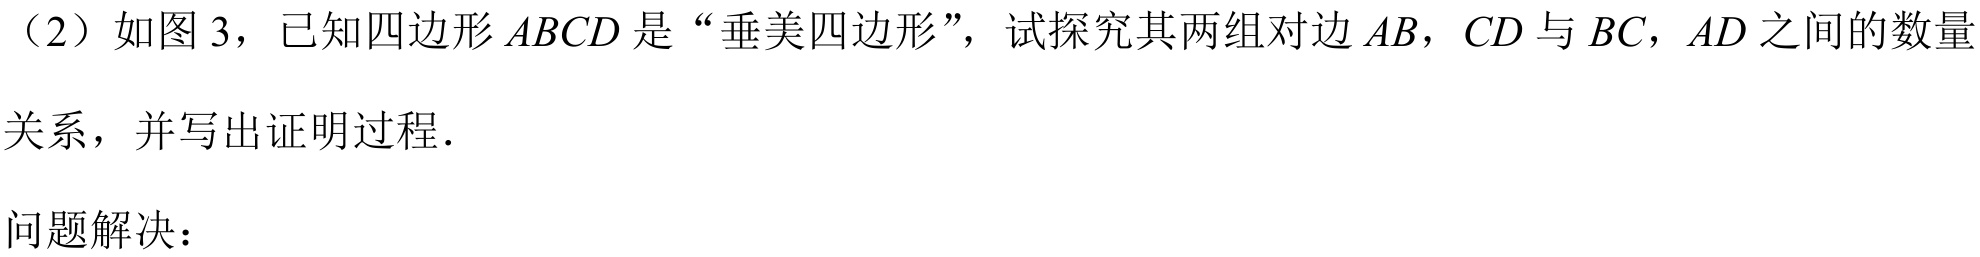
（2）如图 3，已知四边形 \(ABCD\) 是“垂美四边形”，试探究其两组对边 \(AB\)，\(CD\) 与 \(BC\)，\(AD\) 之间的数量关系，并写出证明过程．

问题解决：